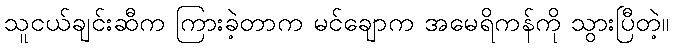
သူငယ်ချင်းဆီက ကြားခဲ့တာက မင်ချောက အမေရိကန်ကို သွားပြီတဲ့။